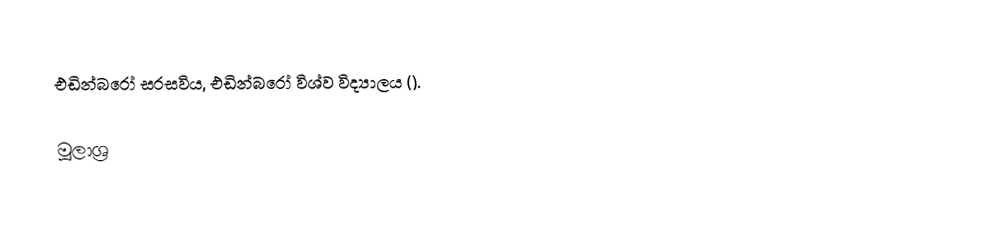
එඩින්බරෝ සරසවිය, එඩින්බරෝ විශ්ව විද්‍යාලය ().

මූලාශ්‍ර